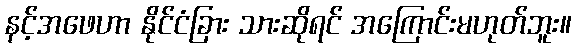
နင့်အဖေဟာ နိုင်ငံခြား သားဆိုရင် အကြောင်းမဟုတ်ဘူး။